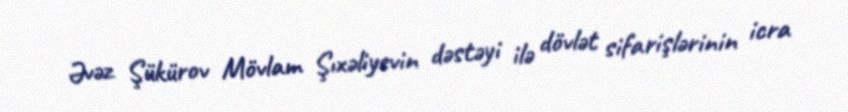
Əvəz Şükürov Mövlam Şıxəliyevin dəstəyi ilə dövlət sifarişlərinin icra